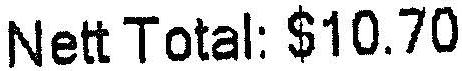
NETT TOTAL: $10.70